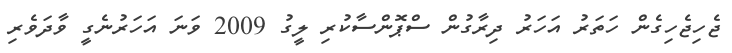
ޖެހިޖެހިގެން ހަތަރު އަހަރު ދިރާގުން ސްޕޮންސާކުރި ލީގު 2009 ވަނަ އަހަރުނެގީ ވާދަވެރި